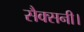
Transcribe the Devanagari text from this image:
सैक्सनी।